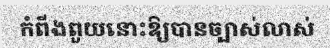
កំពីងពួយនោះឱ្យបានច្បាស់លាស់